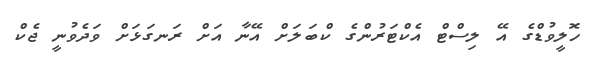
ހޮލީވުޑްގެ އޭ ލިސްޓް އެކްޓަރުންގެ ކްބަލަށް އޭނާ އަށް ރަނގަޅަށް ވަދެވުނީ ޖެކް